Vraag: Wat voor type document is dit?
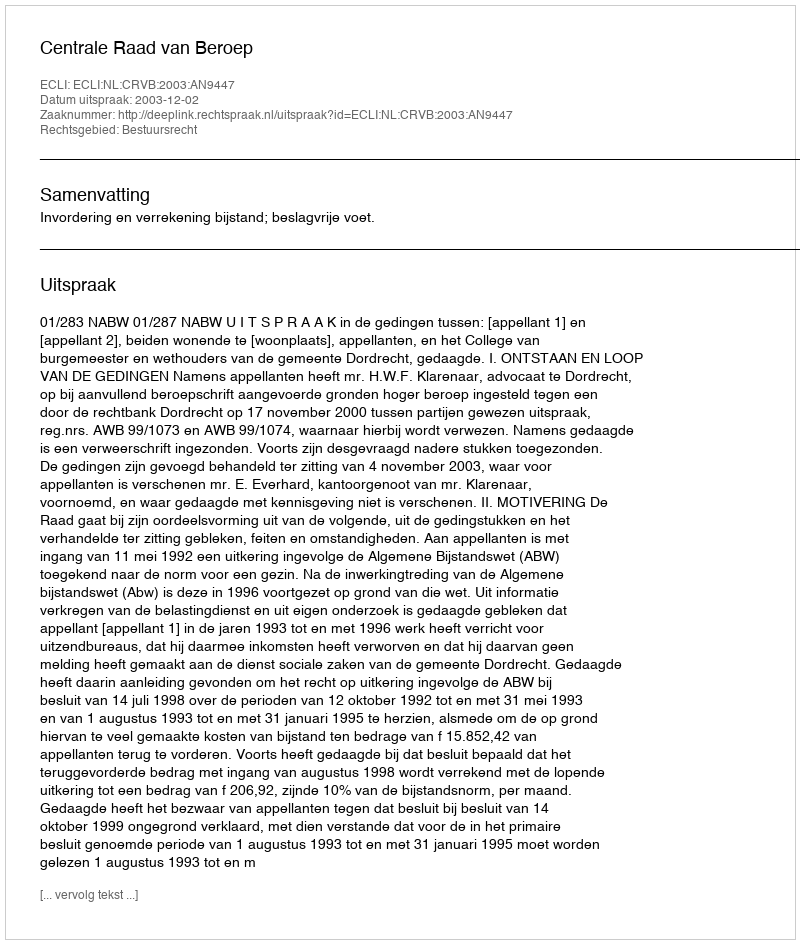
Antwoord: Uitspraak